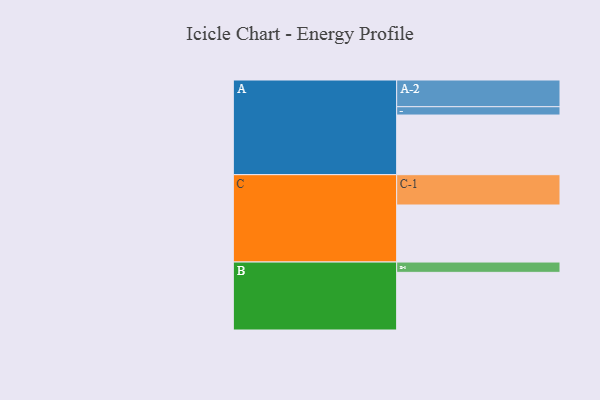
{"axis": {"x": "Segment", "y": "Value"}, "legend": ["", "A", "B", "C"], "data": [{"x": "A", "y": 480, "type": ""}, {"x": "B", "y": 464, "type": ""}, {"x": "C", "y": 459, "type": ""}, {"x": "A-1", "y": 67, "type": "A"}, {"x": "A-2", "y": 215, "type": "A"}, {"x": "B-1", "y": 83, "type": "B"}, {"x": "C-1", "y": 244, "type": "C"}]}